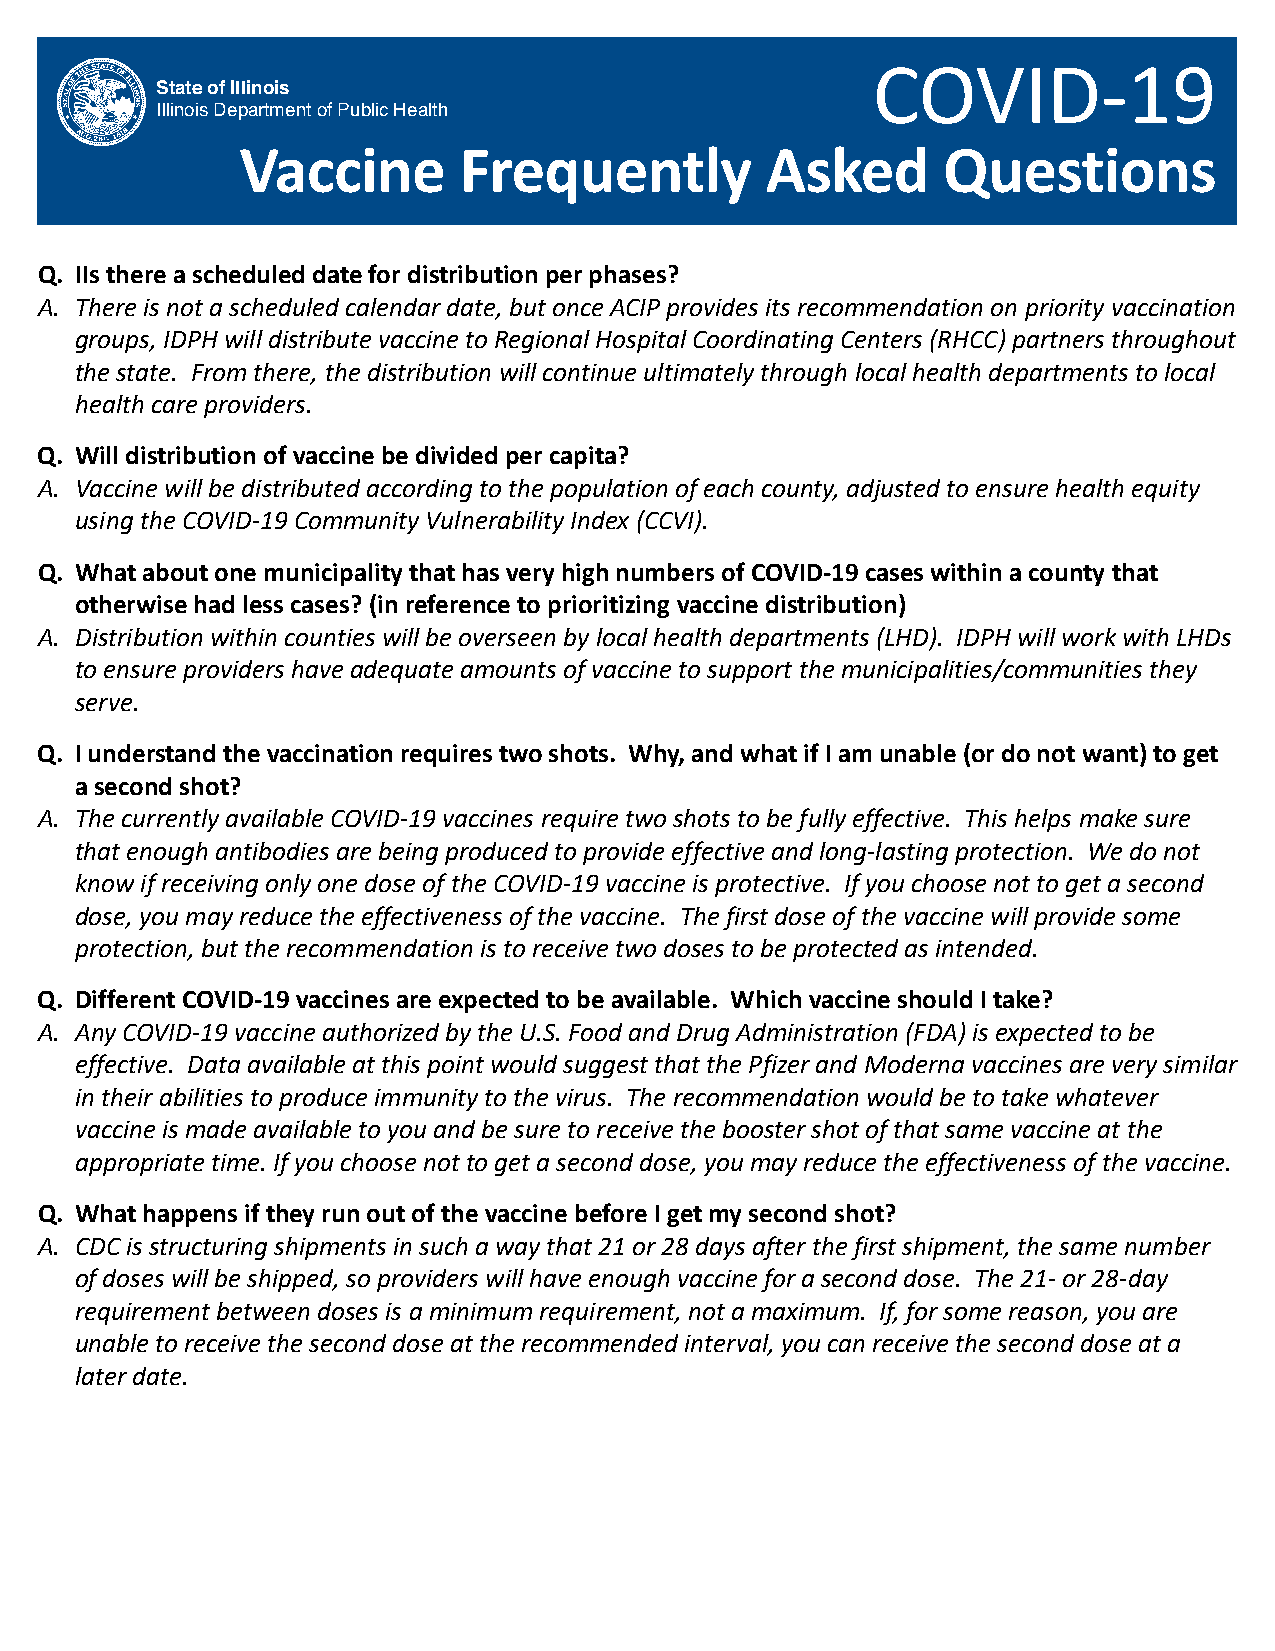
COVID-19
 State of Illinois
 Illinois Department of Public Health
 Vaccine       Frequently           Asked      Questions
 Q. IIs there a scheduled date for distribution per phases?
 A. There is not a scheduled calendar date, but once ACIP provides its recommendation on priority vaccination
 groups, IDPH will distribute vaccine to Regional Hospital Coordinating Centers (RHCC) partners throughout
 the state. From there, the distribution will continue ultimately through local health departments to local
 health care providers.
 Q. Will distribution of vaccine be divided per capita?
 A. Vaccine will be distributed according to the population of each county, adjusted to ensure health equity
 using the COVID-19 Community Vulnerability Index (CCVI).
 Q. What about one municipality that has very high numbers of COVID-19 cases within a county that
 otherwise had less cases? (in reference to prioritizing vaccine distribution)
 A. Distribution within counties will be overseen by local health departments (LHD). IDPH will work with LHDs
 to ensure providers have adequate amounts of vaccine to support the municipalities/communities they
 serve.
 Q. I understand the vaccination requires two shots. Why, and what if I am unable (or do not want) to get
 a second shot?
 A. The currently available COVID-19 vaccines require two shots to be fully effective. This helps make sure
 that enough antibodies are being produced to provide effective and long-lasting protection. We do not
 know if receiving only one dose of the COVID-19 vaccine is protective. If you choose not to get a second
 dose, you may reduce the effectiveness of the vaccine. The first dose of the vaccine will provide some
 protection, but the recommendation is to receive two doses to be protected as intended.
 Q. Different COVID-19 vaccines are expected to be available. Which vaccine should I take?
 A. Any COVID-19 vaccine authorized by the U.S. Food and Drug Administration (FDA) is expected to be
 effective. Data available at this point would suggest that the Pfizer and Moderna vaccines are very similar
 in their abilities to produce immunity to the virus. The recommendation would be to take whatever
 vaccine is made available to you and be sure to receive the booster shot of that same vaccine at the
 appropriate time. If you choose not to get a second dose, you may reduce the effectiveness of the vaccine.
 Q. What happens if they run out of the vaccine before I get my second shot?
 A. CDC is structuring shipments in such a way that 21 or 28 days after the first shipment, the same number
 of doses will be shipped, so providers will have enough vaccine for a second dose. The 21- or 28-day
 requirement between doses is a minimum requirement, not a maximum. If, for some reason, you are
 unable to receive the second dose at the recommended interval, you can receive the second dose at a
 later date.